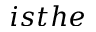
i s t h e